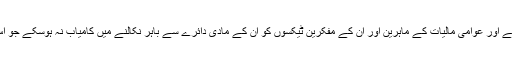
اس کے علی الرغم ٹیکسوں کو عائد کرنے والے اور عوامی مالیات کے ماہرین اور ان کے مفکرین ٹیکسوں کو ان کے مادی دائرے سے باہر نکالنے میں کامیاب نہ ہوسکے جو اس کے دائرے سے زیادہ وسیع و عریض ہوتا۔